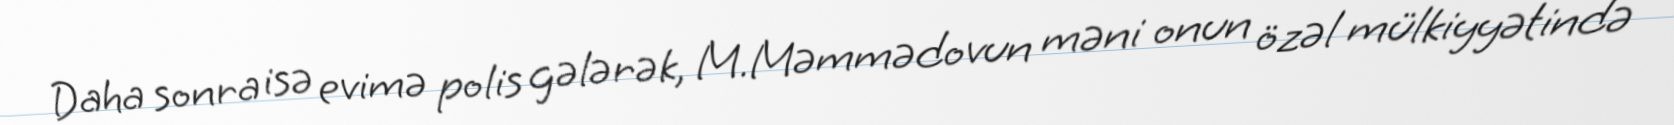
Daha sonra isə evimə polis gələrək, M.Məmmədovun məni onun özəl mülkiyyətində